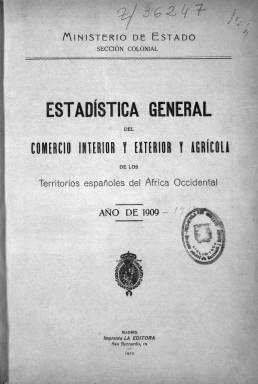
Título: Estadística general del comercio interior y exterior y agrícola de los territorios españoles del África Occidental
Otros títulos: Estadística general del comercio interior y exterior de los territorios españoles del Africa Occidental || Estadística general del comercio interior y exterior en los territorios españoles del Golfo de Guinea
Colección: África || Anuarios e informes || Economía
Ámbito geográfico: Madrid
Lugar de publicación: Madrid
Fechas: 01/01/1909-31/12/1911